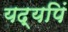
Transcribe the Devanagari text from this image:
यद्यपिं